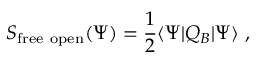
S _ { \mathrm { f r e e ~ o p e n } } ( \Psi ) = { \frac { 1 } { 2 } } \langle \Psi | Q _ { B } | \Psi \rangle \ ,